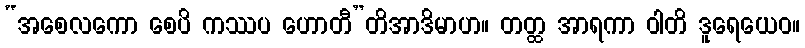
“အစေလကော စေပိ ကဿပ ဟောတီ”တိအာဒိမာဟ။ တတ္ထ အာရကာ ဝါတိ ဒူရေယေဝ။